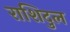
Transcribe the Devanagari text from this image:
राशिदुल